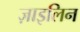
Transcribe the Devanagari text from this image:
ज़ाइलिन